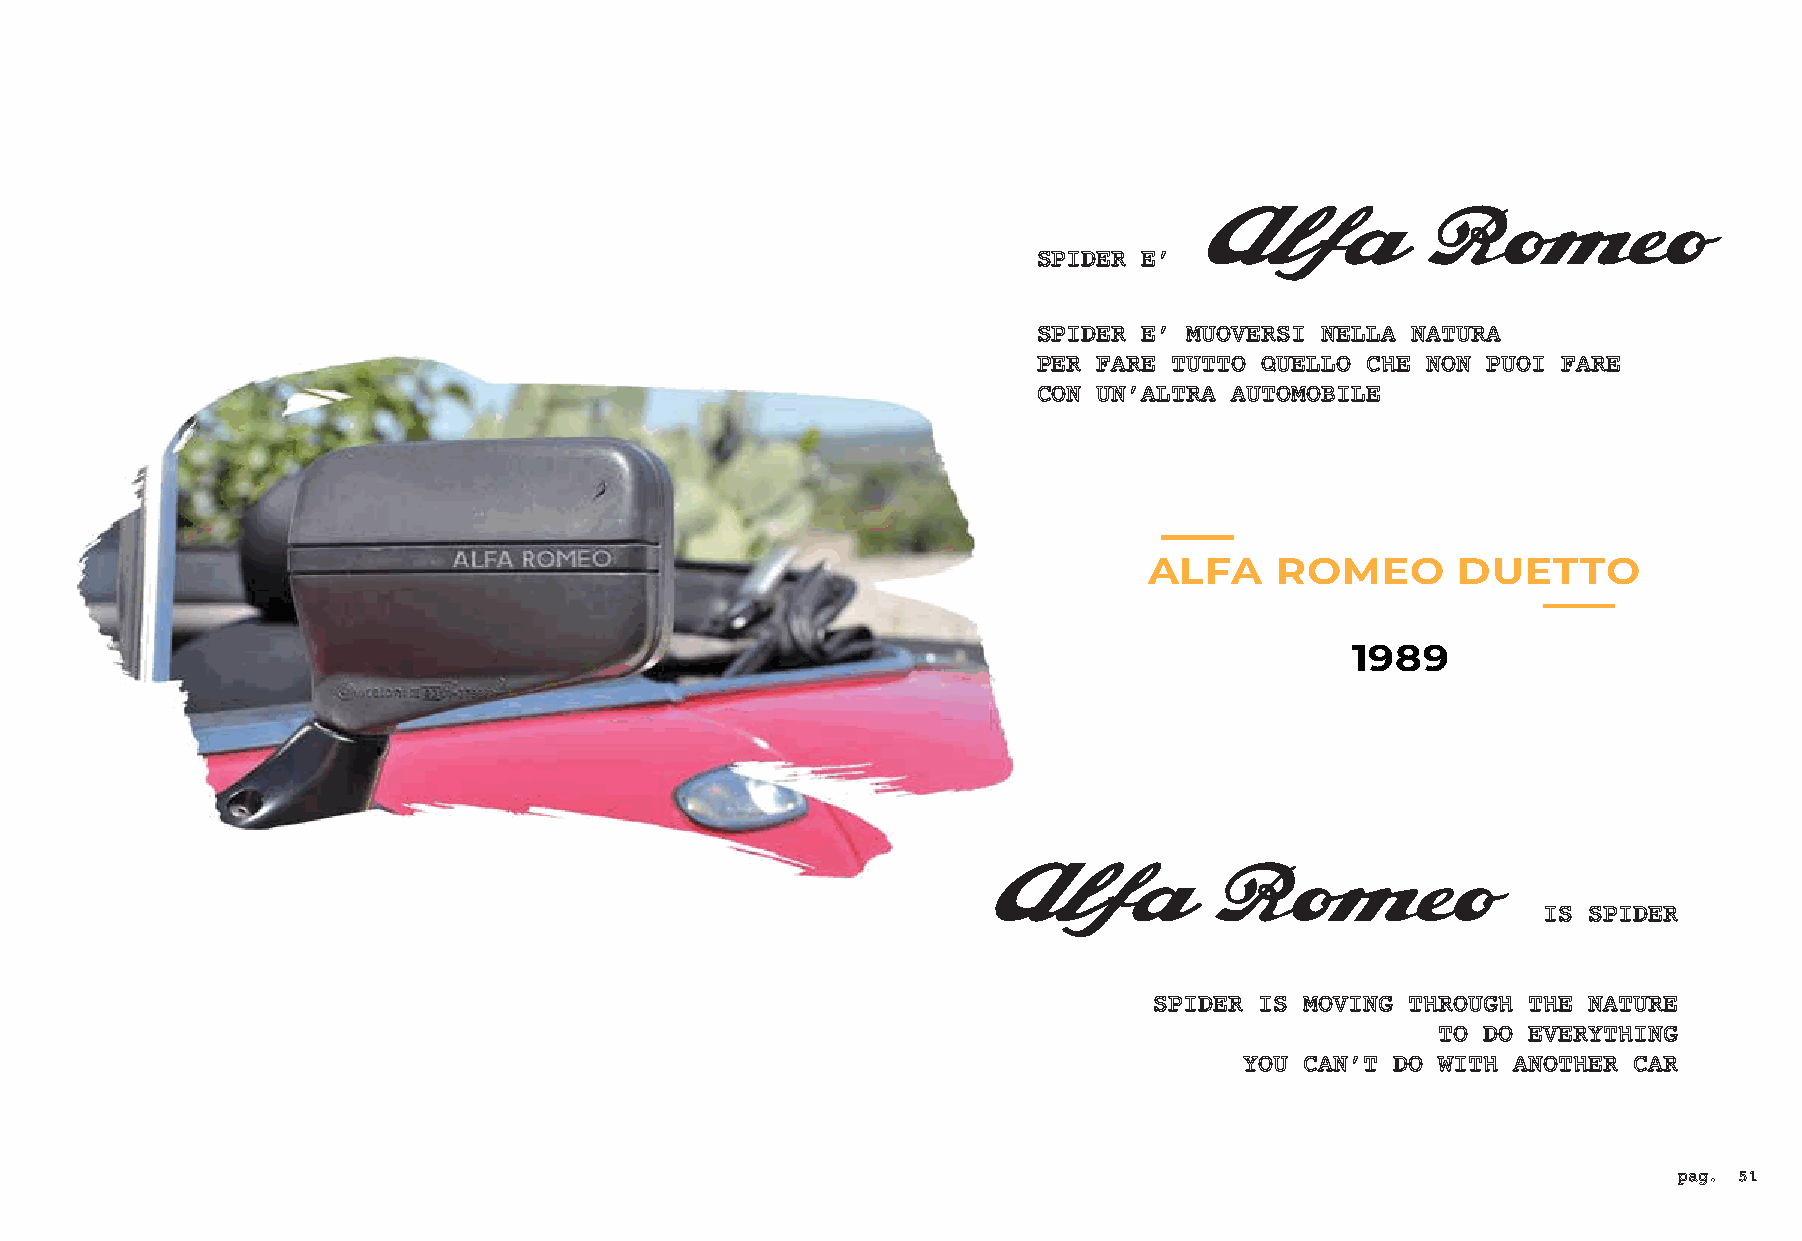
Alfa          Romeo
 SPIDER E’
 SPIDER E’ MUOVERSI NELLA NATURA
 PER FARE TUTTO QUELLO CHE NON PUOI FARE
 CON UN’ALTRA AUTOMOBILE
 ALFA    ROMEO       DUETTO
 1989
 Alfa          Romeo
 IS SPIDER
 SPIDER IS MOVING THROUGH THE NATURE
 TO DO EVERYTHING
 YOU CAN’T DO WITH ANOTHER CAR
 pag. 51